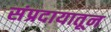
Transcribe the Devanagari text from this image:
संप्रदायातून